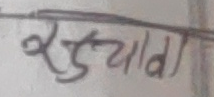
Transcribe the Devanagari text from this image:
रुड़याड़ा